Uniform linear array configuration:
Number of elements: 16
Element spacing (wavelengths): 1
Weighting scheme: hann
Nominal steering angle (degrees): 0
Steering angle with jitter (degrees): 1.98
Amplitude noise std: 0.05
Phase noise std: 0.05

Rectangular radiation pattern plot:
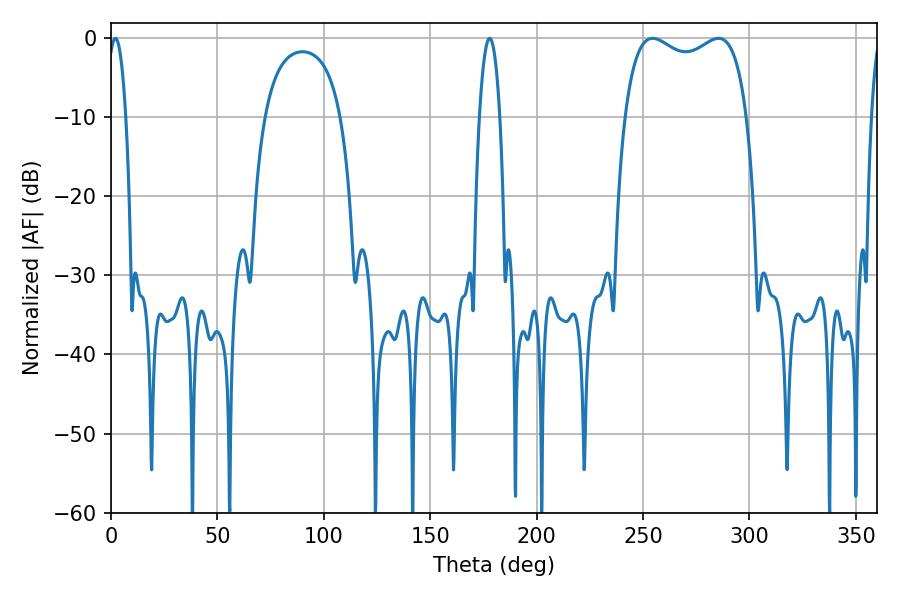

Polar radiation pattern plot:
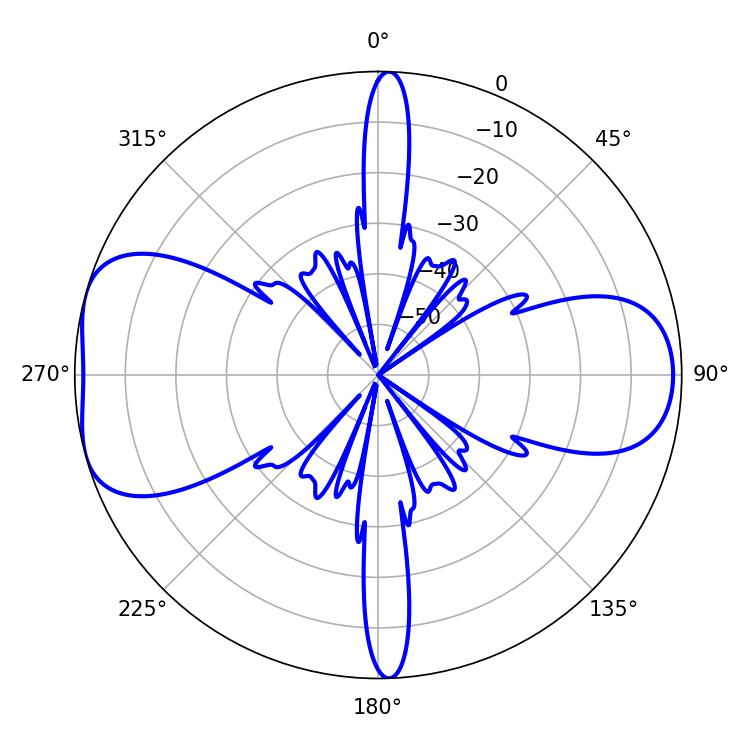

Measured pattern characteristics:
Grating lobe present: TRUE
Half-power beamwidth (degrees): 47.16
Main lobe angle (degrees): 254.52